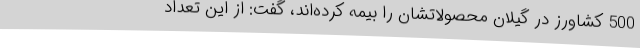
500 کشاورز در گیلان محصولاتشان را بیمه کرده‌اند، گفت: از این تعداد